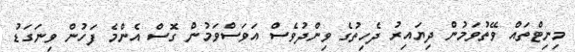
މިނިޓްތައް ވޭތުވަމުން ދިޔައިރު ދެހިތުގެ ވިންދުވެސް އަވަސްވަމުން ގޮސް އެންމެ ފަހުން ވިނަގަޑު